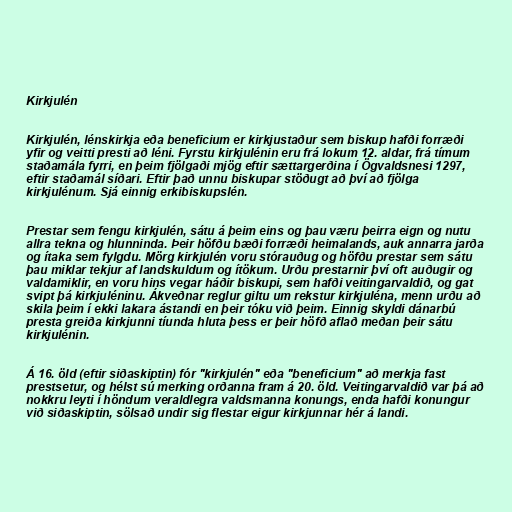
Kirkjulén

Kirkjulén, lénskirkja eða beneficium er kirkjustaður sem biskup hafði forræði
yfir og veitti presti að léni. Fyrstu kirkjulénin eru frá lokum 12. aldar, frá tímum
staðamála fyrri, en þeim fjölgaði mjög eftir sættargerðina í Ögvaldsnesi 1297,
eftir staðamál síðari. Eftir það unnu biskupar stöðugt að því að fjölga
kirkjulénum. Sjá einnig erkibiskupslén.

Prestar sem fengu kirkjulén, sátu á þeim eins og þau væru þeirra eign og nutu
allra tekna og hlunninda. Þeir höfðu bæði forræði heimalands, auk annarra jarða
og ítaka sem fylgdu. Mörg kirkjulén voru stórauðug og höfðu prestar sem sátu
þau miklar tekjur af landskuldum og ítökum. Urðu prestarnir því oft auðugir og
valdamiklir, en voru hins vegar háðir biskupi, sem hafði veitingarvaldið, og gat
svipt þá kirkjuléninu. Ákveðnar reglur giltu um rekstur kirkjuléna, menn urðu að
skila þeim í ekki lakara ástandi en þeir tóku við þeim. Einnig skyldi dánarbú
presta greiða kirkjunni tíunda hluta þess er þeir höfð aflað meðan þeir sátu
kirkjulénin.

Á 16. öld (eftir siðaskiptin) fór "kirkjulén" eða "beneficium" að merkja fast
prestsetur, og hélst sú merking orðanna fram á 20. öld. Veitingarvaldið var þá að
nokkru leyti í höndum veraldlegra valdsmanna konungs, enda hafði konungur
við siðaskiptin, sölsað undir sig flestar eigur kirkjunnar hér á landi.